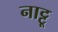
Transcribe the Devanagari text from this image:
नाट्टू